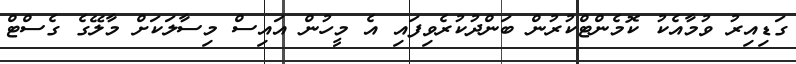
ގަޑިއިރު ވުމާއެކު ކޮމެންޓްކުރުން ބަންދުކުރެވިފައި އެ މީހުން އައިސް މިސާލަކަށް މާލޭގެ ގެސްޓް